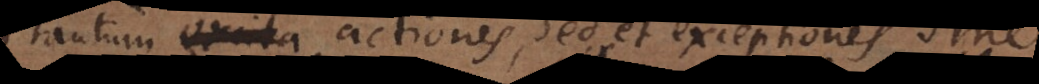
tantum actiones, sed et exceptiones sine